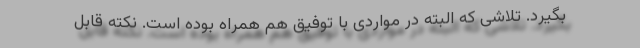
بگیرد. تلاشی که البته در مواردی با توفیق هم همراه بوده است. نکته قابل